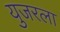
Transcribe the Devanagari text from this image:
युजरला